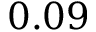
0 . 0 9